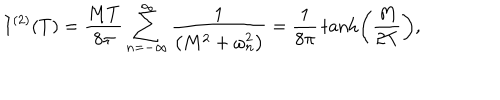
I ^ { ( 2 ) } ( T ) = { \frac { M T } { 8 \pi } } \sum _ { n = - \infty } ^ { \infty } { \frac { 1 } { \left( M ^ { 2 } + \omega _ { n } ^ { 2 } \right) } } = { \frac { 1 } { 8 \pi } } \tanh \left( { \frac { M } { 2 T } } \right) ,